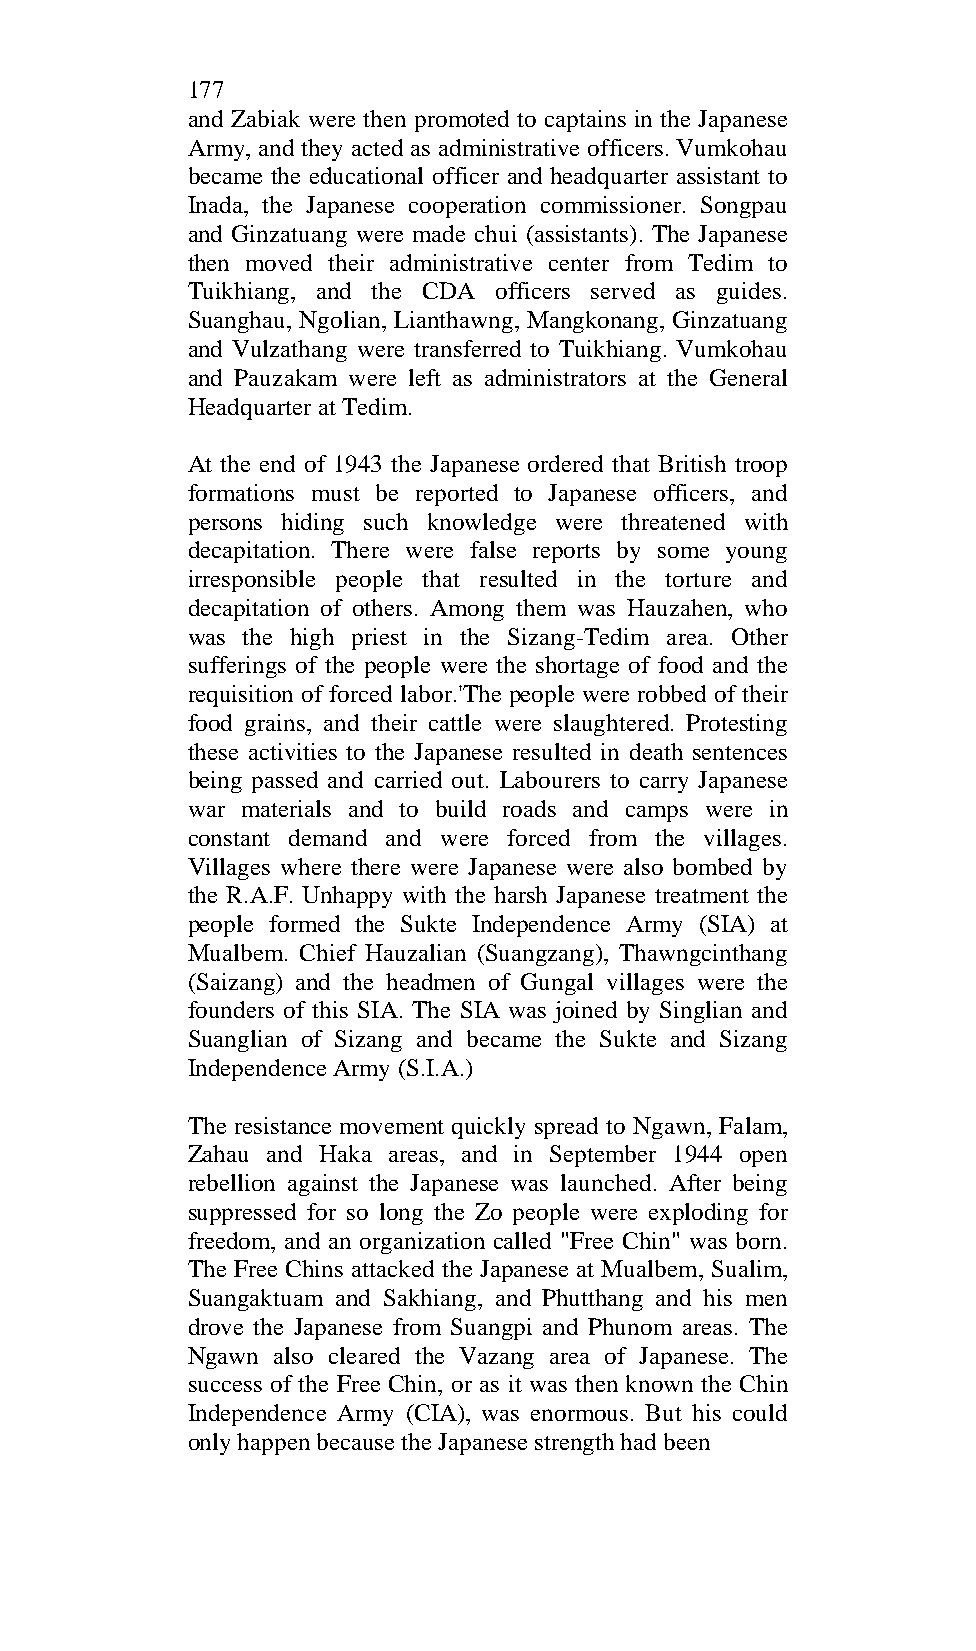
177
 and Zabiak were then promoted to captains in the Japanese
 Army, and they acted as administrative officers. Vumkohau
 became the educational officer and headquarter assistant to
 Inada, the Japanese cooperation commissioner. Songpau
 and Ginzatuang were made chui (assistants). The Japanese
 then moved their administrative center from Tedim to
 Tuikhiang, and the CDA officers served as guides.
 Suanghau, Ngolian, Lianthawng, Mangkonang, Ginzatuang
 and Vulzathang were transferred to Tuikhiang. Vumkohau
 and Pauzakam were left as administrators at the General
 Headquarter at Tedim.
 At the end of 1943 the Japanese ordered that British troop
 formations must be reported to Japanese officers, and
 persons hiding such knowledge were threatened with
 decapitation. There were false reports by some young
 irresponsible people that resulted in the torture and
 decapitation of others. Among them was Hauzahen, who
 was the high priest in the Sizang-Tedim area. Other
 sufferings of the people were the shortage of food and the
 requisition of forced labor.'The people were robbed of their
 food grains, and their cattle were slaughtered. Protesting
 these activities to the Japanese resulted in death sentences
 being passed and carried out. Labourers to carry Japanese
 war materials and to build roads and camps were in
 constant demand and were forced from the villages.
 Villages where there were Japanese were also bombed by
 the R.A.F. Unhappy with the harsh Japanese treatment the
 people formed the Sukte Independence Army (SIA) at
 Mualbem. Chief Hauzalian (Suangzang), Thawngcinthang
 (Saizang) and the headmen of Gungal villages were the
 founders of this SIA. The SIA was joined by Singlian and
 Suanglian of Sizang and became the Sukte and Sizang
 Independence Army (S.I.A.)
 The resistance movement quickly spread to Ngawn, Falam,
 Zahau and Haka areas, and in September 1944 open
 rebellion against the Japanese was launched. After being
 suppressed for so long the Zo people were exploding for
 freedom, and an organization called "Free Chin" was born.
 The Free Chins attacked the Japanese at Mualbem, Sualim,
 Suangaktuam and Sakhiang, and Phutthang and his men
 drove the Japanese from Suangpi and Phunom areas. The
 Ngawn also cleared the Vazang area of Japanese. The
 success of the Free Chin, or as it was then known the Chin
 Independence Army (CIA), was enormous. But his could
 only happen because the Japanese strength had been